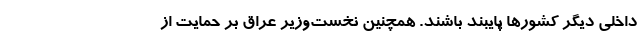
داخلی دیگر کشور‌ها پایبند باشند. همچنین نخست‌وزیر عراق بر حمایت از